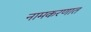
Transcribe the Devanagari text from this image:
नामकरणात